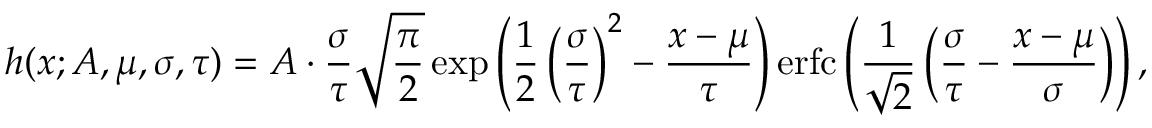
h ( x ; A , \mu , \sigma , \tau ) = A \cdot \frac { \sigma } { \tau } \sqrt { \frac { \pi } { 2 } } \exp \left( \frac { 1 } { 2 } \left( \frac { \sigma } { \tau } \right) ^ { 2 } - \frac { x - \mu } { \tau } \right) \mathrm { e r f c } \left( \frac { 1 } { \sqrt { 2 } } \left( \frac { \sigma } { \tau } - \frac { x - \mu } { \sigma } \right) \right) ,